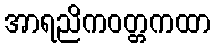
အာရညိကဝတ္တကထာ